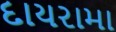
દાયરામા